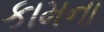
કામના